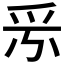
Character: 𤓹